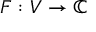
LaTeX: F : V \to \mathbb { C }